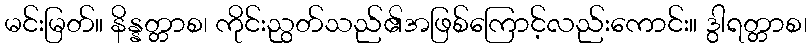
မင်းမြတ်။ နိန္နတ္တာစ၊ ကိုင်းညွတ်သည်၏အဖြစ်ကြောင့်လည်းကောင်း။ ဒွါရတ္တာစ၊